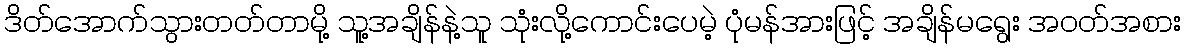
ဒိတ်အောက်သွားတတ်တာမို့ သူ့အချိန်နဲ့သူ သုံးလို့ကောင်းပေမဲ့ ပုံမန်အားဖြင့် အချိန်မရွေး အဝတ်အစား